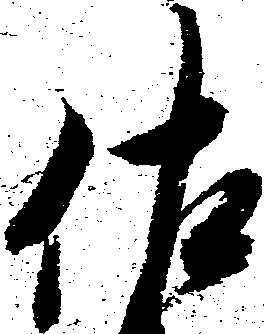
佐